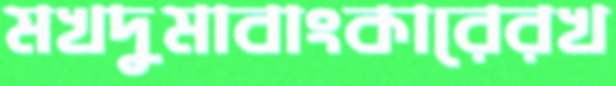
মখদুমাবাংকারেরখ